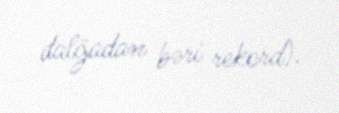
dalğadan bəri rekord).